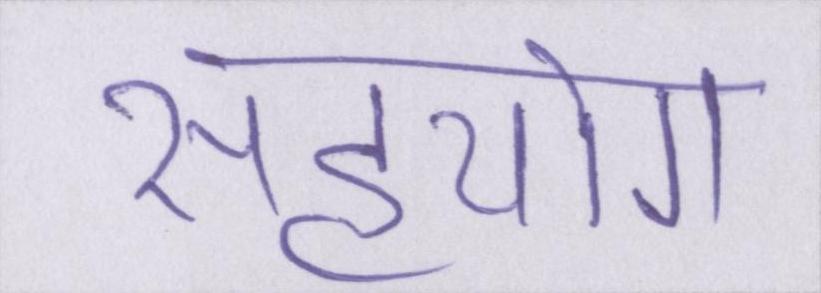
सहयोग